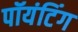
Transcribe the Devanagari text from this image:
पॉयंटिंग